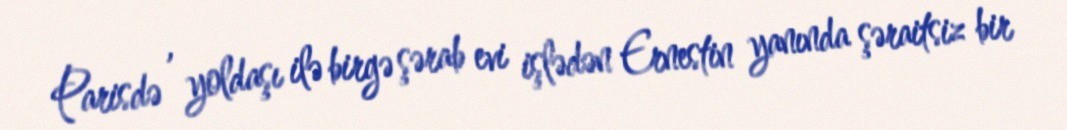
Parisdə , yoldaşı ilə birgə şərab evi işlədən Ernestin yanında şəraitsiz bir